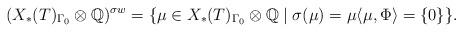
LaTeX: \begin{align*}(X_\ast(T)_{\Gamma_0}\otimes\mathbb Q)^{\sigma w} = \{\mu\in X_\ast(T)_{\Gamma_0}\otimes\mathbb Q\mid \sigma(\mu)=\mu\langle \mu,\Phi\rangle = \{0\}\}.\end{align*}